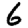
Digit: 6